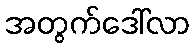
အတွက်ဒေါ်လာ